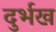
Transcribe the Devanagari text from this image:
दुर्भख